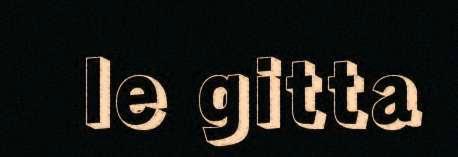
le gitta